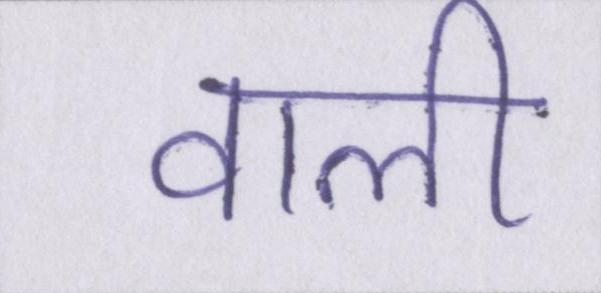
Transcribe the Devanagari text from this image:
वाली